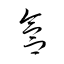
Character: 盒